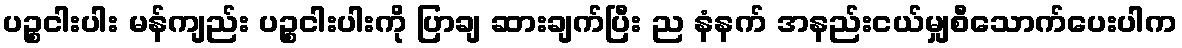
ပဉ္စငါးပါး မန်ကျည်း ပဉ္စငါးပါးကို ပြာချ ဆားချက်ပြီး ည နံနက် အနည်းငယ်မျှစီသောက်ပေးပါက